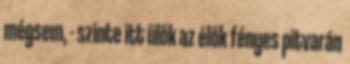
mégsem, - szinte itt ülök az élők fényes pitvarán